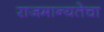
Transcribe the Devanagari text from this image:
राजमान्यतेचा